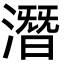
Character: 潛